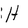
Character: H